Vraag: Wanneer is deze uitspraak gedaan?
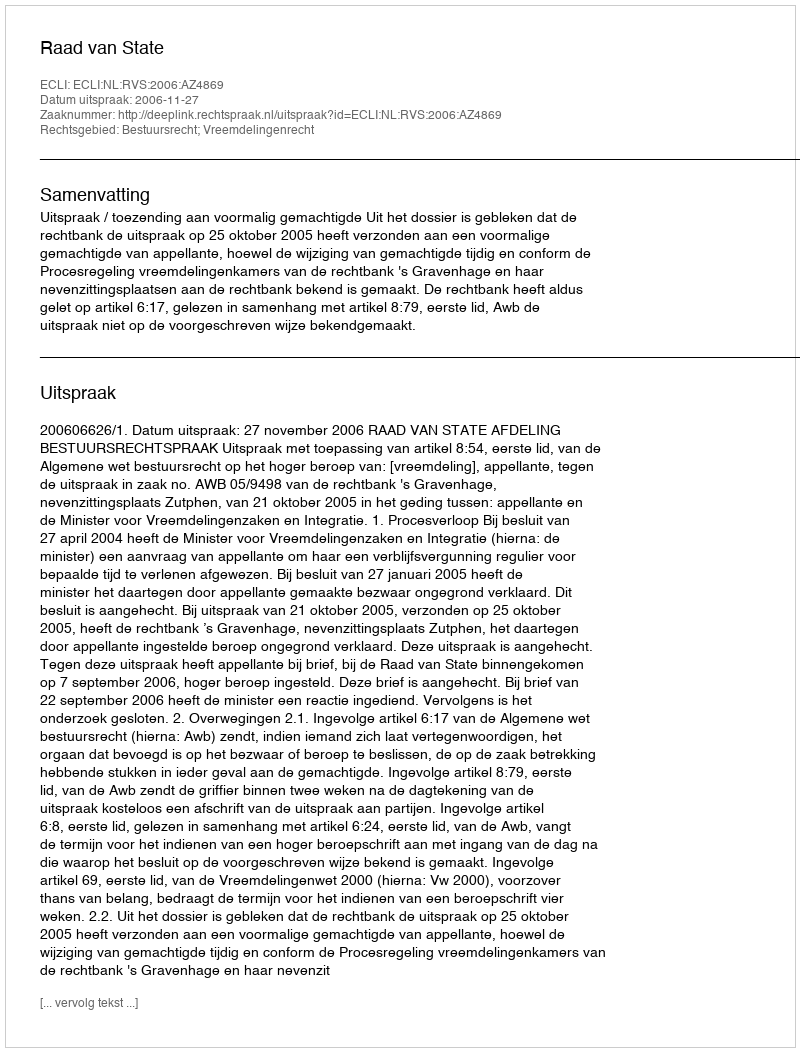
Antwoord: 2006-11-27